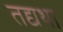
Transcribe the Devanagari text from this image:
तद्यथा